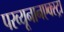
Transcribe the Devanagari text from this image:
परव्यूनानएक्स्ट्रा